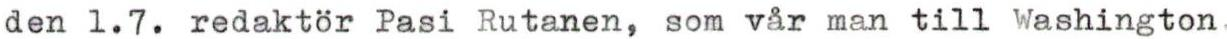
den 1.7. redaktör Pasi Rutanen, som vår man till Washington